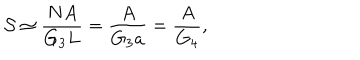
LaTeX: { \cal { S } } \simeq \frac { N A } { G _ { 3 } L } = \frac { A } { G _ { 3 } a } = \frac { A } { G _ { 4 } } ,